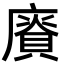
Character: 𢋐